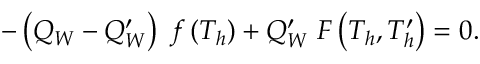
- \left( Q _ { W } - Q _ { W } ^ { \prime } \right) \; f \left( T _ { h } \right) + Q _ { W } ^ { \prime } \; F \left( T _ { h } , T _ { h } ^ { \prime } \right) = 0 .